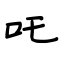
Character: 吒